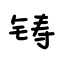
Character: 铸